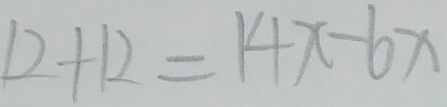
1 2 + 1 2 = 1 4 x - 6 x